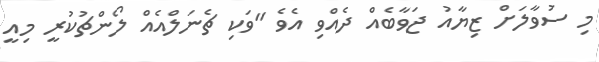
މި ސުވާލަށް ޒިޔާއު ޖަވާބެއް ދެއްވި އެވެ "ވަކި ޗެނަލްއެއް ލޯންޗުކުރީ މިއީ